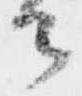
御